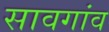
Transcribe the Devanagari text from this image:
सावगांव